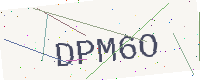
Text: DPM6O